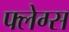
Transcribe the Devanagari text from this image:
फ्लेग्स